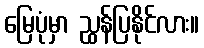
မြေပုံမှာ ညွှန်ပြနိုင်လား။